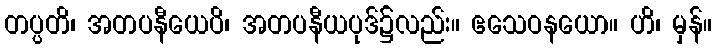
တပ္ပတိ၊ အတပနီယေပိ၊ အတပနီယပုဒ်၌လည်း။ ဧသေဝနယော။ ဟိ၊ မှန်။